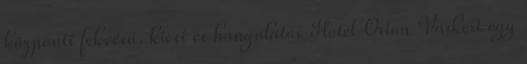
központi fekvésű, kicsi és hangulatos Hotel Orion Várkert egy